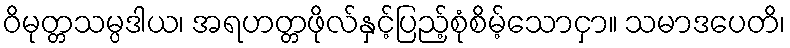
ဝိမုတ္တသမ္ပဒါယ၊ အရဟတ္တဖိုလ်နှင့်ပြည့်စုံစိမ့်သောငှာ။ သမာဒပေတိ၊